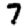
Digit: 7